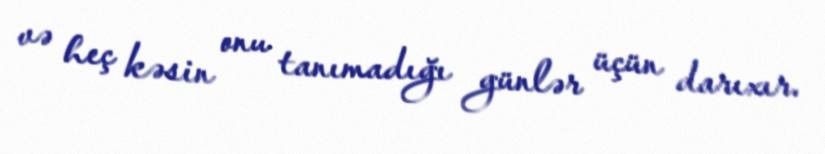
və heç kəsin onu tanımadığı günlər üçün darıxır.